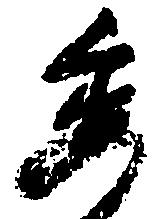
委